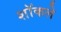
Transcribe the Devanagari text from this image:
शॉकले